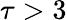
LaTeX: \tau>3